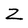
Character: Z